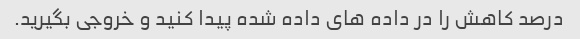
درصد کاهش را در داده های داده شده پیدا کنید و خروجی بگیرید.